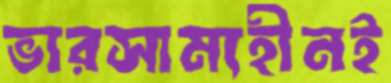
ভারসাম্যহীনই